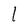
Character: l